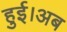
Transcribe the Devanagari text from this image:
हुई।अब